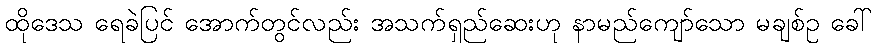
ထိုဒေသ ရေခဲပြင် အောက်တွင်လည်း အသက်ရှည်ဆေးဟု နာမည်ကျော်သော မချစ်ဥ ခေါ်